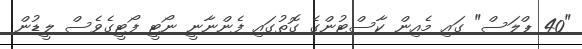
"40 ޕްލަސް" ގައި މެއިން ކާސްޓުންގެ ގޮތުގައި ފެންނާނީ ނޯޓީ ފޯޓީގެވެސް ލީޑުން